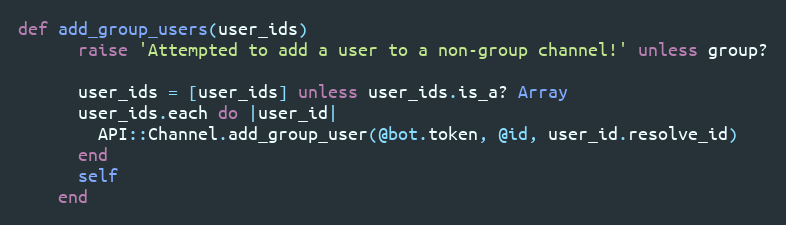
Language: Ruby
def add_group_users(user_ids)
      raise 'Attempted to add a user to a non-group channel!' unless group?

      user_ids = [user_ids] unless user_ids.is_a? Array
      user_ids.each do |user_id|
        API::Channel.add_group_user(@bot.token, @id, user_id.resolve_id)
      end
      self
    end